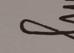
Signature authenticity: genuine